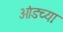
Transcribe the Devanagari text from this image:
ओंडच्या